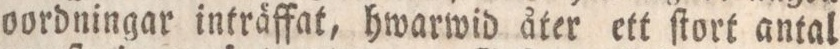
oordningar inträffat, hwarwid åter ett ſtort antal